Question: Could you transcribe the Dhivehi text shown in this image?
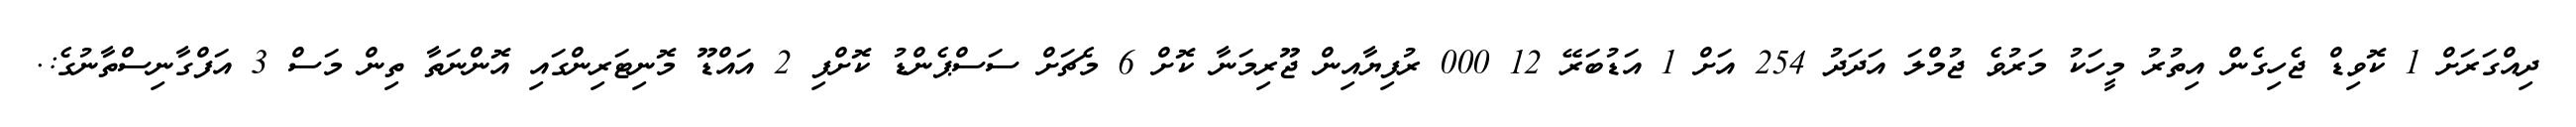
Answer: ދިއްގަރަށް 1 ކޮވިޑް ޖެހިގެން އިތުރު މީހަކު މަރުވެ ޖުމްލަ އަދަދު 254 އަށް 1 އަޑުބަރޭ 12 000 ރުފިޔާއިން ޖޫރިމަނާ ކޮށް 6 މެޗަށް ސަސްޕެންޑު ކޮށްފި 2 އައްޑޫ މޮނިޓަރިންގައި އޮންނަތާ ތިން މަސް 3 އަފްގާނިސްތާނުގެ:.